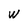
Character: w